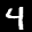
Label: 4